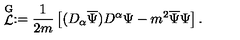
\stackrel { \mathrm { G } } { { \mathcal L } } : = \frac { 1 } { 2 m } \left[ ( D _ { \alpha } \overline { { \Psi } } ) D ^ { \alpha } \Psi - m ^ { 2 } \overline { { \Psi } } \Psi \right] .